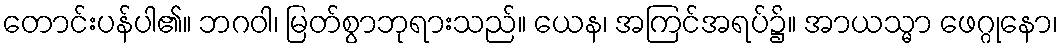
တောင်းပန်ပါ၏။ ဘဂဝါ၊ မြတ်စွာဘုရားသည်။ ယေန၊ အကြင်အရပ်၌။ အာယသ္မာ ဖေဂ္ဂုနော၊